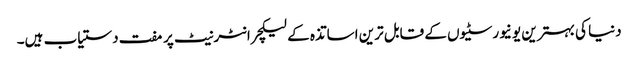
دنیا کی بہترین یونیورسٹیوں کے قابل ترین اساتذہ کے لیکچر انٹرنیٹ پر مفت دستیاب ہیں۔